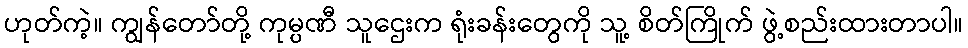
ဟုတ်ကဲ့။ ကျွန်တော်တို့ ကုမ္ပဏီ သူဌေးက ရုံးခန်းတွေကို သူ့ စိတ်ကြိုက် ဖွဲ့စည်းထားတာပါ။